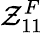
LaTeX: \mathcal{Z}_{11}^{F}